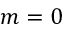
m = 0